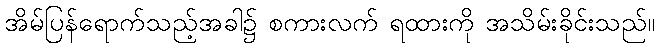
အိမ်ပြန်ရောက်သည့်အခါ၌ စကားလက် ရထားကို အသိမ်းခိုင်းသည်။